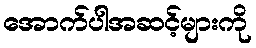
အောက်ပါအဆင့်များကို